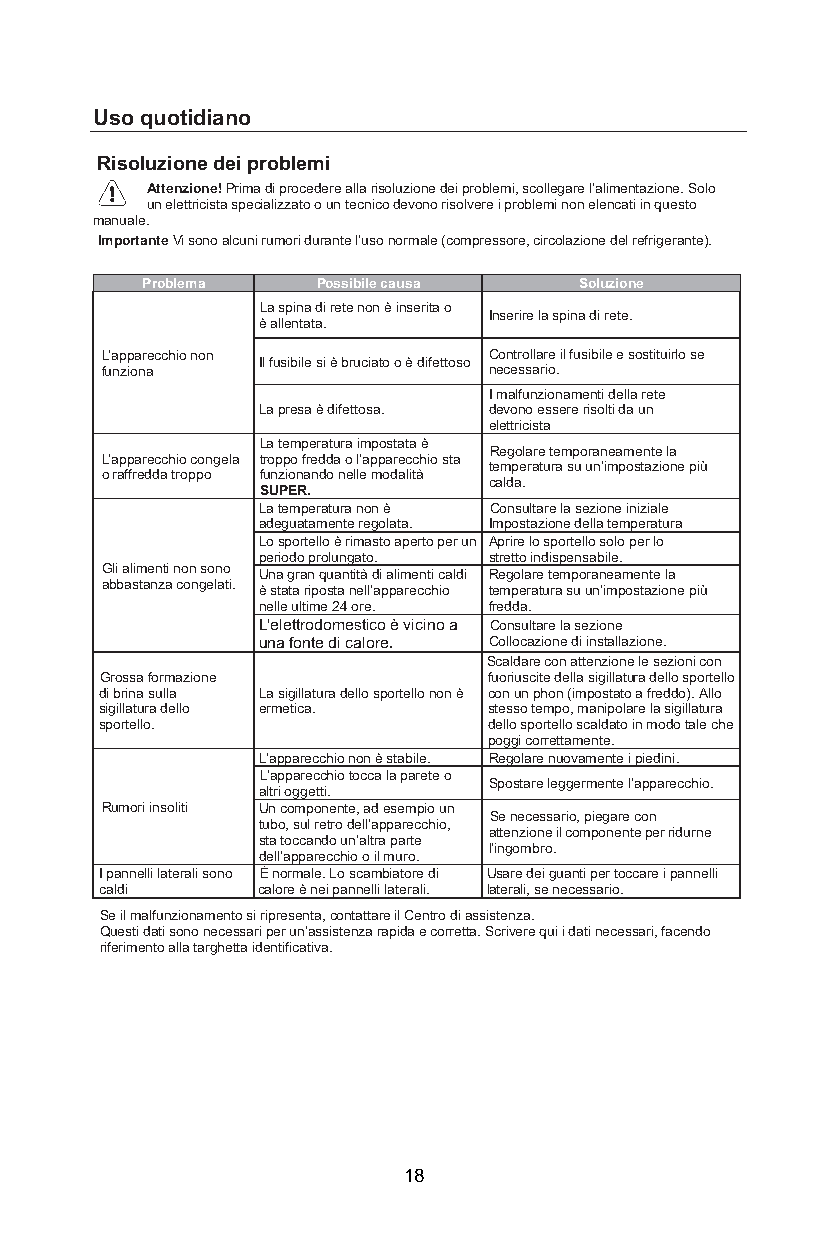
Uso quotidiano
 Risoluzione dei problemi
 Attenzione! Prima di procedere alla risoluzione dei problemi, scollegare l’alimentazione. Solo
 un elettricista specializzato o un tecnico devono risolvere i problemi non elencati in questo
 manuale.
 Importante Vi sono alcuni rumori durante l’uso normale (compressore, circolazione del refrigerante).
 Problema    Possibile causa  Soluzione
 èL a
 a
 ls lep nin taa
 t
 ad .i rete non è inserita o
 Inserire la spina di rete.
 L fu’a np zip oa nr ae cchio non
 Il fusibile si è bruciato o è difettoso
 C neo cn etr so sl ala rr ioe
 .
 il fusibile e sostituirlo se
 I malfunzionamenti della rete
 La presa è difettosa. devono essere risolti da un
 elettricista
 La temperatura impostata è
 Regolare temporaneamente la
 L’apparecchio congela troppo fredda o l’apparecchio sta
 o raffredda troppo f Su Un Pzi Eon Ra
 .
 ndo nelle modalità
 t ce am ldp ae
 .
 ratura su un’impostazione più
 La temperatura non è Consultare la sezione iniziale
 adeguatamente regolata. Impostazione della temperatura
 Lo sportello è rimasto aperto per un Aprire lo sportello solo per lo
 periodo prolungato. stretto indispensabile.
 Gli alimenti non sono
 abbastanza congelati.
 Una gran quantità di alimenti caldi Regolare temporaneamente la
 è stata riposta nell’apparecchio temperatura su un’impostazione più
 nelle ultime 24 ore. fredda.
 L'elettrodomestico è vicino a Consultare la sezione
 una fonte di calore. Collocazione di installazione.
 Scaldare con attenzione le sezioni con
 Grossa formazione        fuoriuscite della sigillatura dello sportello
 di brina sulla La sigillatura dello sportello non è con un phon (impostato a freddo). Allo
 sigillatura dello ermetica. stesso tempo, manipolare la sigillatura
 sportello.               dello sportello scaldato in modo tale che
 poggi correttamente.
 L’apparecchio non è stabile. Regolare nuovamente i piedini.
 aL l’ ta rp
 i
 op ga gre ec ttc i.h io tocca la parete o
 Spostare leggermente l’apparecchio.
 Rumori insoliti Un componente, ad esempio un
 Se necessario, piegare con
 tubo, sul retro dell’apparecchio,
 attenzione il componente per ridurne
 s dt ea
 l
 l’t ao pc pca an red co
 c
 hu in o’ a olt r ila
 m
 p ua rr ote
 .
 l’ingombro.
 I pannelli laterali sono È normale. Lo scambiatore di Usare dei guanti per toccare i pannelli
 caldi     calore è nei pannelli laterali. laterali, se necessario.
 Se il malfunzionamento si ripresenta, contattare il Centro di assistenza.
 Questi dati sono necessari per un’assistenza rapida e corretta. Scrivere qui i dati necessari, facendo
 riferimento alla targhetta identificativa.
 18